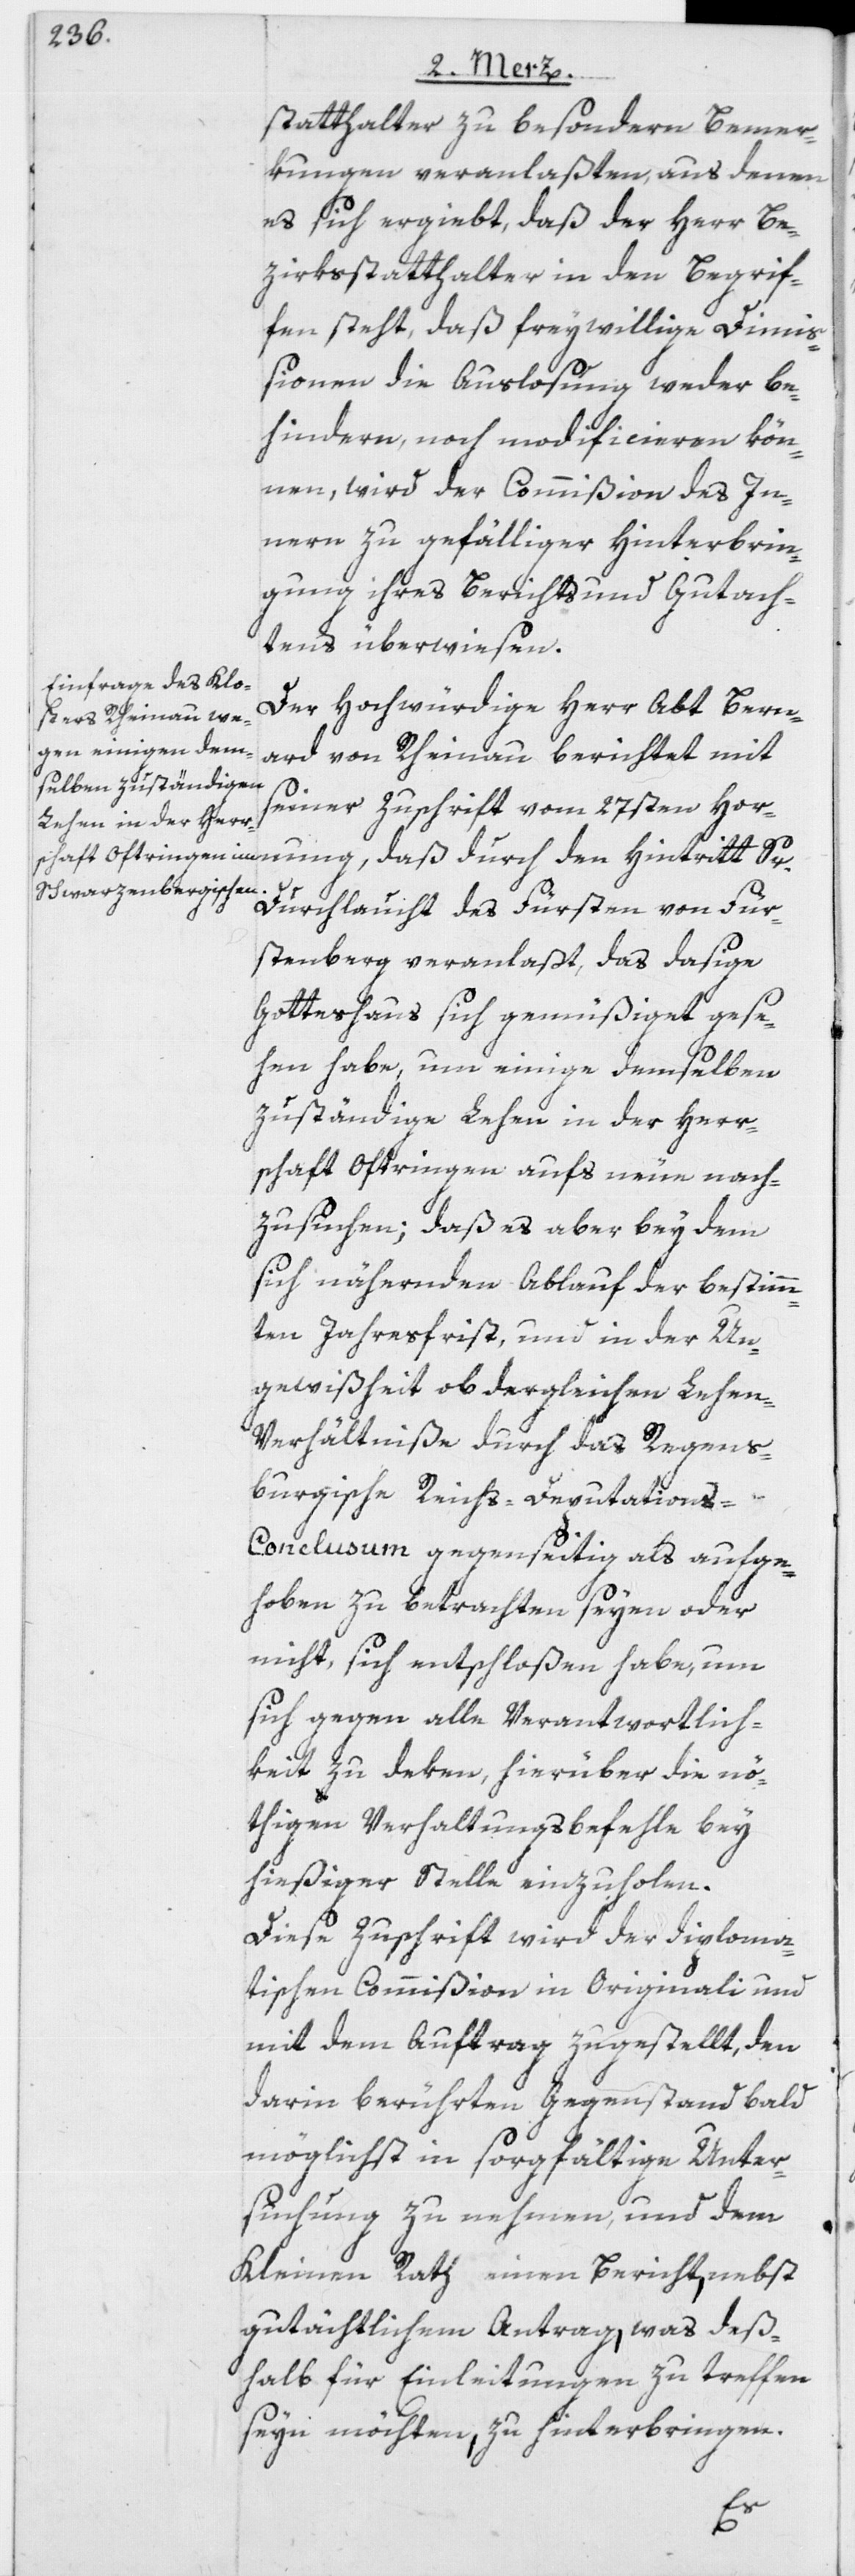
statthalter zu besondern Bemer¬
kungen veranlaßten, aus denen
es sich ergiebt, daß der Herr Be¬
zirksstatthalter in den Begrif¬
fen steht, daß freywillige Dimiß¬
ionen die Auslosung weder be¬
hindern, noch modificieren kön¬
nen, wird der Commißion des In¬
nern zu gefälliger Hinterbrin¬
gung ihres Berichts und Gutach¬
tens überwiesen.
Der Hochwürdige Herr Abt Bernh¬
ard von Rheinau berichtet mit
seiner Zuschrift vom 27sten Horn¬
Durchlaucht des Fürsten von Für¬
stenberg veranlaßt, das dasige
Gotteshaus sich gemüßiget gese¬
hen habe, um einige demselben
zuständige Lehen in der Herr¬
schaft Oftringen aufs neue nach¬
zusuchen; daß es aber bey dem
sich nähernden Ablauf der bestimm¬
ten Jahresfrist, und in der Un¬
gewißheit ob dergleichen Lehe¬
n-Verhältniße durch das Regens¬
burgische Reichs-Deputation¬
s-Conclusum gegenseitig als aufge¬
hoben zu betrachten seyen oder
nicht, sich entschloßen habe, um
sich gegen alle Verantwortlich¬
keit zu deken, hierüber die nö¬
thigen Verhaltungsbefehle bey
hießiger Stelle einzuholen.
Diese Zuschrift wird der diploma¬
tischen Commißion in Originali und
mit dem Auftrag zugestellt, den
darin berührten Gegenstand bald
möglichst in sorgfältige Unter¬
suchung zu nehmen, und dem
Kleinen Rath einen Bericht, nebst
gutächtlichem Antrag, was deß¬
halb für Einleitungen zu treffen
seyn möchten, zu hinterbringen.
Sr.